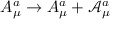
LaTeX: A _ { \mu } ^ { a } \rightarrow A _ { \mu } ^ { a } + \mathcal { A } _ { \mu } ^ { a }